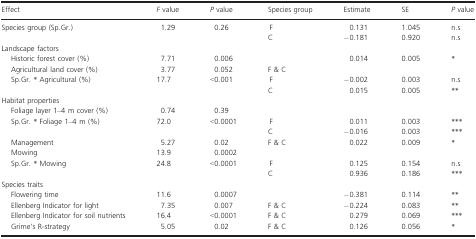
| Effect | F value | P value | Species group | Estimate | SE | P value |
 | --- | --- | --- | --- | --- | --- | --- |
 | <ROWSPAN=2> Species group (Sp.Gr.) | <ROWSPAN=2> 1.29 | <ROWSPAN=2> 0.26 | F | 0.131 | 1.045 | n.s |
 | C | −0.181 | 0.920 | n.s |
 | <COLSPAN=7> Landscape factors |
 | Historic forest cover (%) | 7.71 | 0.006 |  | 0.014 | 0.005 | * |
 | Agricultural land cover (%) | 3.77 | 0.052 | F & C |  |  |  |
 | <ROWSPAN=2> Sp.Gr. * Agricultural (%) | <ROWSPAN=2> 17.7 | <ROWSPAN=2> <0.001 | F | −0.002 | 0.003 | n.s |
 | C | 0.015 | 0.005 | ** |
 | <COLSPAN=7> Habitat properties |
 | Foliage layer 1–4 m cover (%) | 0.74 | 0.39 |  |  |  |  |
 | <ROWSPAN=2> Sp.Gr. * Foliage 1–4 m (%) | <ROWSPAN=2> 72.0 | <ROWSPAN=2> <0.0001 | F | 0.011 | 0.003 | *** |
 | C | −0.016 | 0.003 | *** |
 | Management | 5.27 | 0.02 | F & C | 0.022 | 0.009 | * |
 | Mowing | 13.9 | 0.0002 |  |  |  |  |
 | <ROWSPAN=2> Sp.Gr. * Mowing | <ROWSPAN=2> 24.8 | <ROWSPAN=2> <0.0001 | F | 0.125 | 0.154 | n.s |
 | C | 0.936 | 0.186 | *** |
 | <COLSPAN=7> Species traits |
 | Flowering time | 11.6 | 0.0007 |  | −0.381 | 0.114 | ** |
 | Ellenberg Indicator for light | 7.35 | 0.007 | F & C | −0.224 | 0.083 | ** |
 | Ellenberg Indicator for soil nutrients | 16.4 | <0.0001 | F & C | 0.279 | 0.069 | *** |
 | Grime's R-strategy | 5.05 | 0.02 | F & C | 0.126 | 0.056 | * |